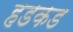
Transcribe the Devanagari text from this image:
हडकड